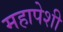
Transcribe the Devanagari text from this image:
महापेशी